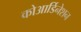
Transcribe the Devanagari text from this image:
कोआर्डिनेशन